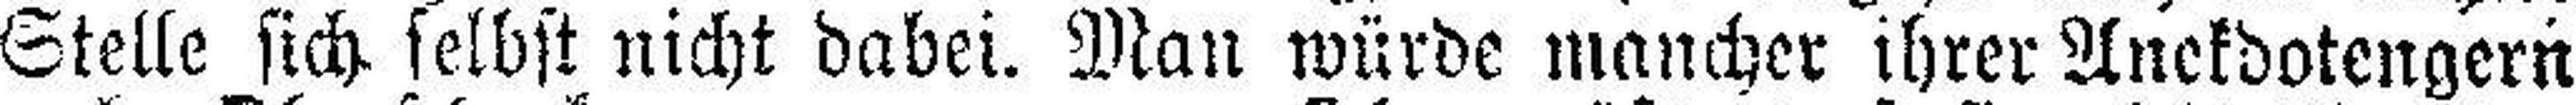
Stelle sich selbst nicht dabei. Man würde mancher ihrer Anekdotengern